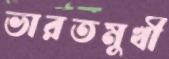
ভারতমুখী